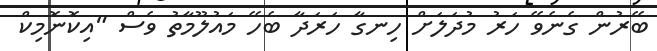
ބޭރުން ގެނެވޭ ހަރު މުދަލަށް ހިނގާ ހަރަދާ ބެހޭ މައުލޫމާތު ވެސް "އިކޮނޮމިކް